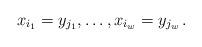
LaTeX: \begin{align*}x_{i_1}=y_{j_1},\dotsc,x_{i_w}=y_{j_w}\,.\end{align*}